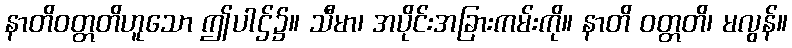
နာတိဝတ္တတိဟူသော ဤပါဌ်၌။ သီမာ၊ အပိုင်းအခြားကမ်းကို။ နာတိ ဝတ္တတိ၊ မလွန်။